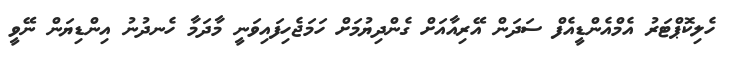
ހެލިކޮޕްޓަރު އެމްއެންޑީއެފް ސަދަން އޭރިއާއަށް ގެންދިޔުމަށް ހަމަޖެހިފައިވަނީ މާދަމާ ހެނދުނު އިންޑިޔަން ނޭވީ